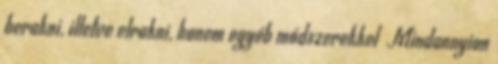
berakni, illetve elrakni, hanem egyéb módszerekkel Mindannyian